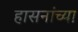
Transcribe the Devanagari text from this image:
हासनांच्या